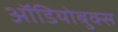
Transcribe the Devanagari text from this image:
ऑडियोबुक्स